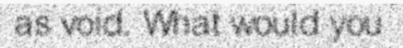
as void. What would you